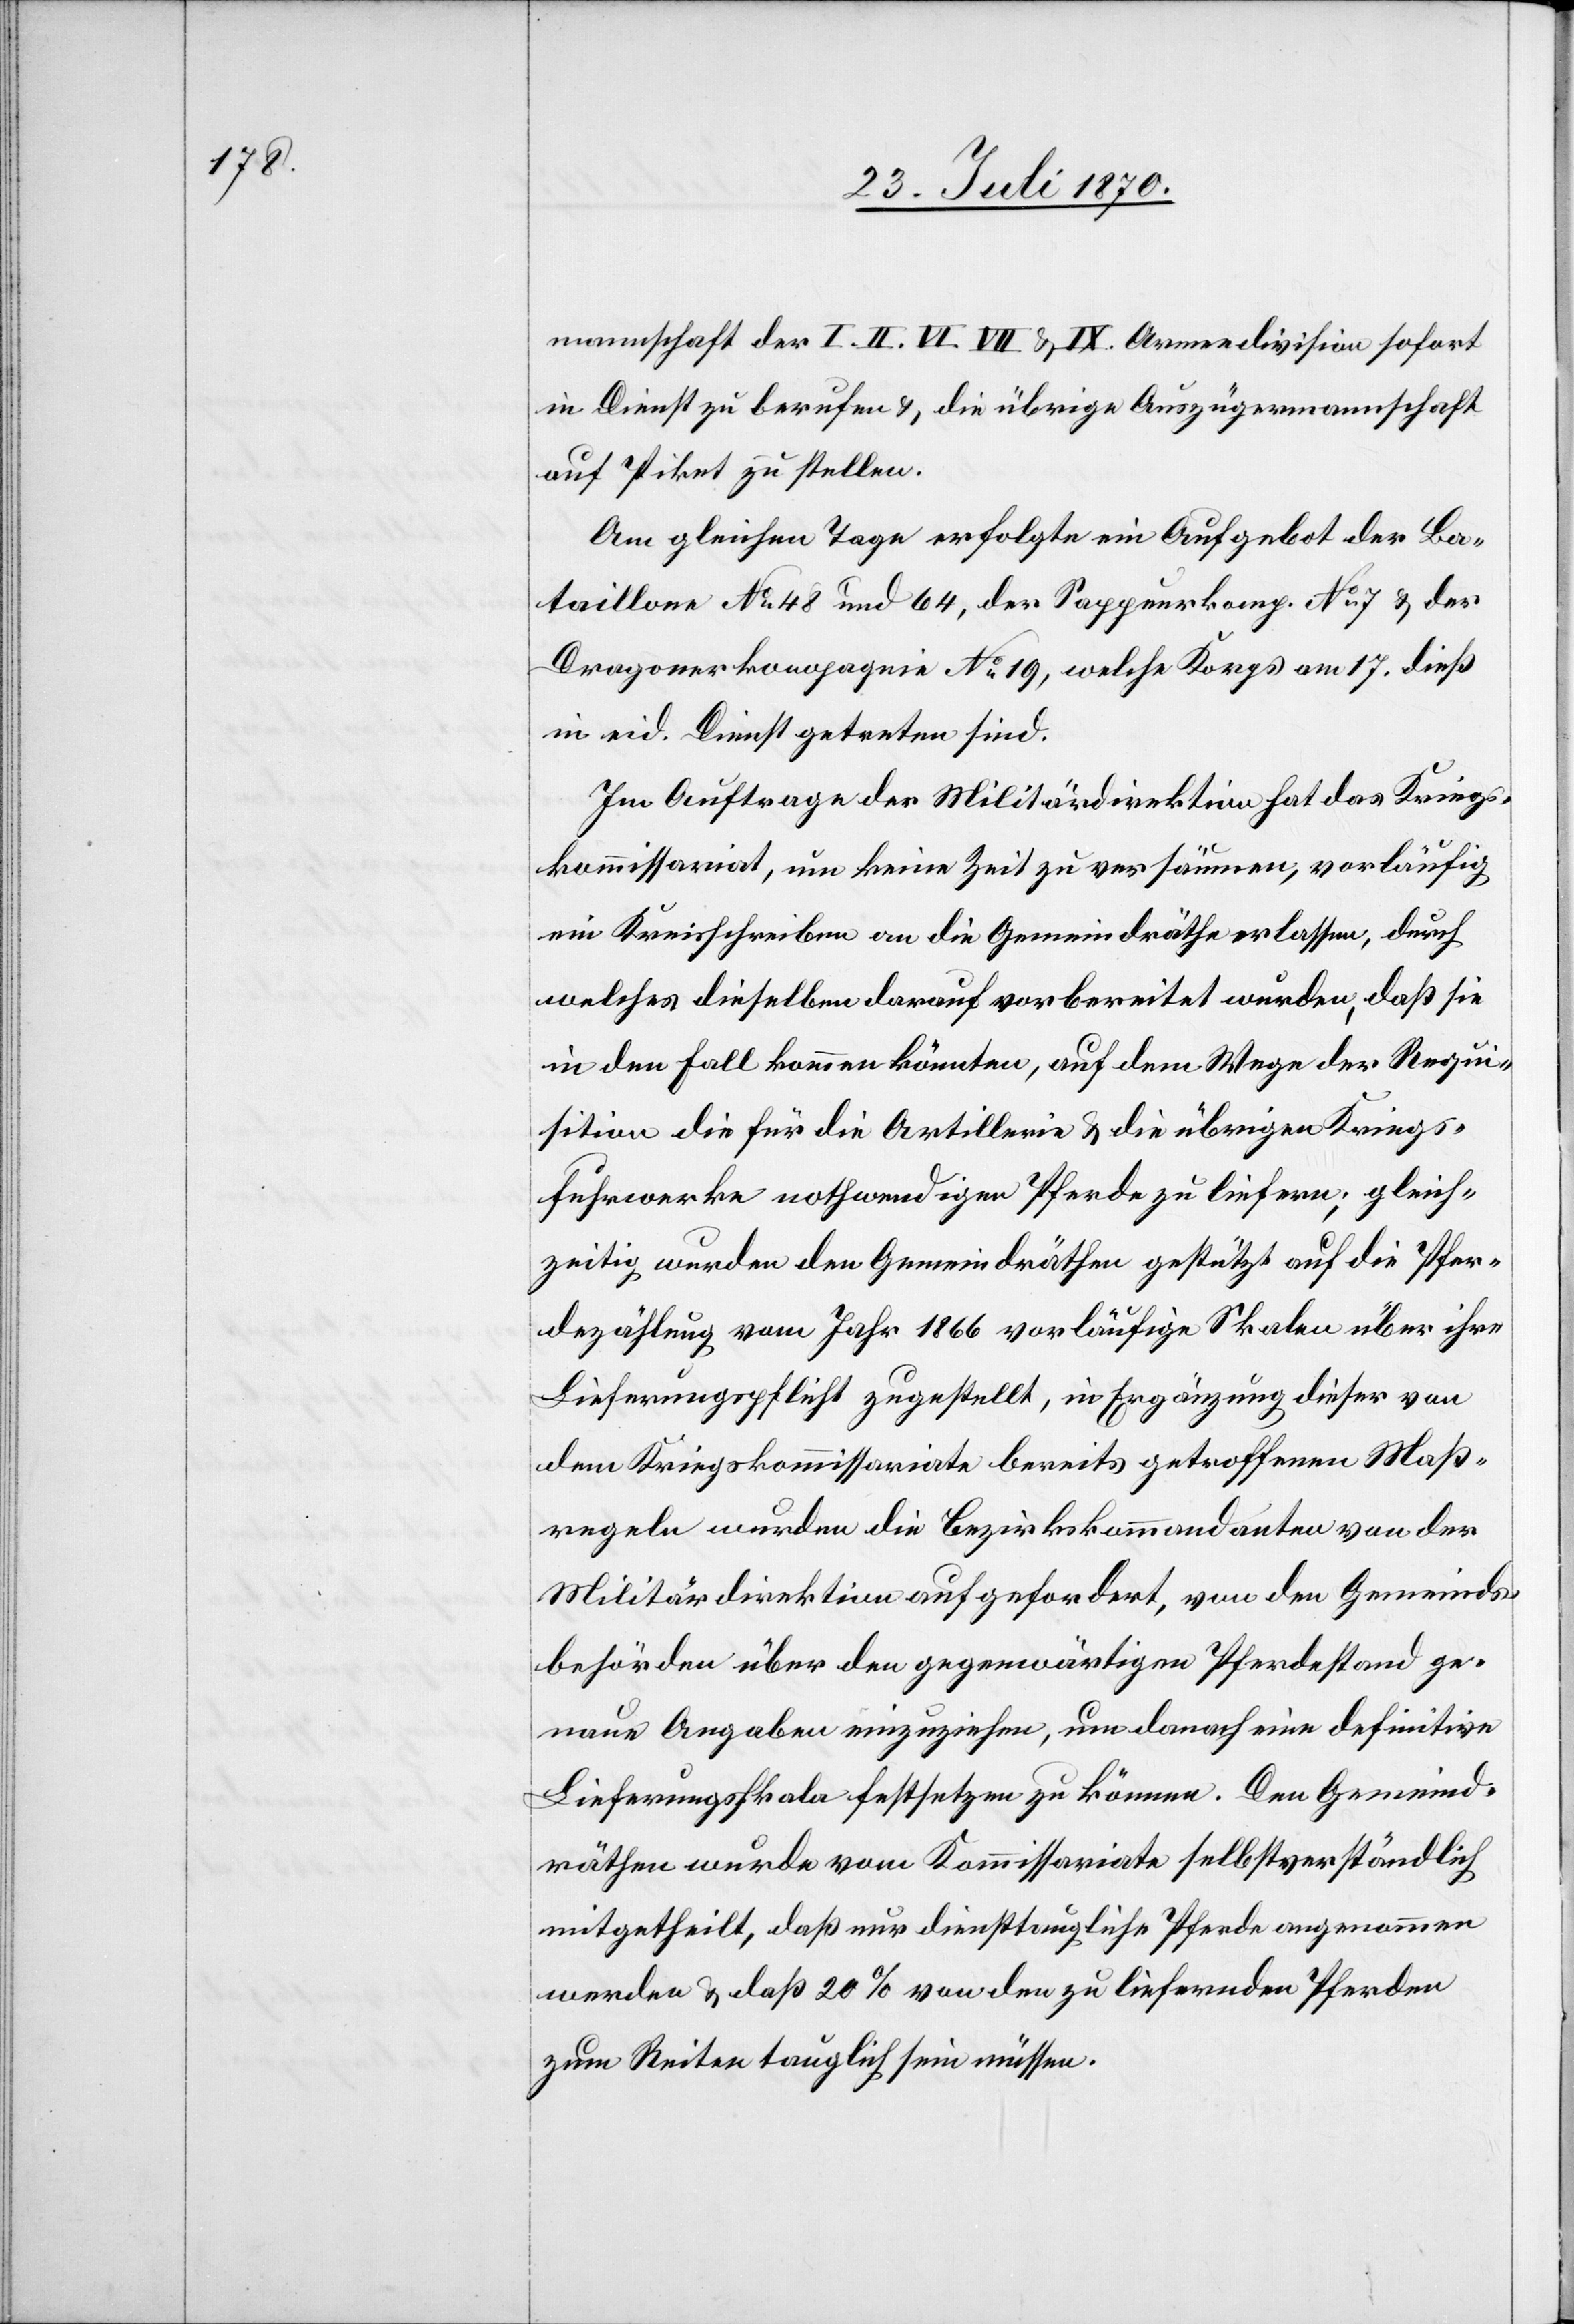
mannschaft der I. II. VI. VII & IX. Armeedivision sofort
in Dienst zu berufen & die übrige Auszügermannschaft
auf Piket zu stellen.
Am gleichen Tage erfolgte ein Aufgebot der Ba¬
taillone No 48 und 64, der Sappeurkomp. No 7 & der
Dragonerkompagnie No 19, welche Korps am 17. dieß
in eid. Dienst getreten sind.
Im Auftrage der Militärdirektion hat das Kriegs¬
kommissariat, um keine Zeit zu versäumen, vorläufig
ein Kreisschreiben an die Gemeindräthe erlassen, durch
welches dieselben darauf vorbereitet wurden, daß sie
in den Fall kommen könnten, auf dem Wege der Requi¬
sition die für die Artillerie & die übrigen Kriegs¬
fuhrwerke nothwendigen Pferde zu liefern; gleich¬
zeitig wurden den Gemeindräthen gestützt auf die Pfer¬
dezählung vom Jahr 1866 vorläufige Skalen über ihre
Lieferungspflicht zugestellt, in Ergänzung dieser von
dem Kriegskommissariate bereits getroffenen Maß¬
regeln wurden die Bezirkskommandanten von der
Militärdirektion aufgefordert, von den Gemeinds¬
behörden über den gegenwärtigen Pferdestand ge¬
naue Angaben einzuziehen, um danach eine definitive
Lieferungsskala festsetzen zu können. Den Gemeind¬
räthen wurde vom Kommissariate selbstverständlich
mitgetheilt, daß nur diensttaugliche Pferde angenommen
werden & daß 20% von den zu liefernden Pferden
zum Reiten tauglich sein müssen.